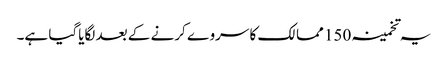
یہ تخمینہ 150 ممالک کا سروے کرنے کے بعد لگایاگیا ہے۔